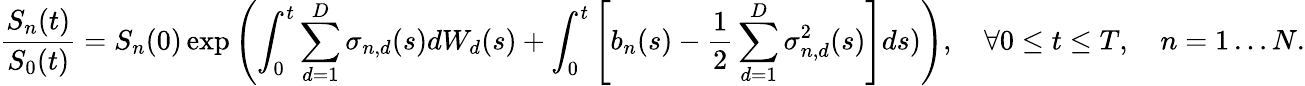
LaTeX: {\frac{S_{n}(t)}{S_{0}(t)}}=S_{n}(0)\exp\left(\int_{0}^{t}\sum_{d=1}^{D}\sigma_{n,d}(s)dW_{d}(s)+\int_{0}^{t}\left[b_{n}(s)-{\frac{1}{2}}\sum_{d=1}^{D}\sigma_{n,d}^{2}(s)\right]ds)\right),\quad\forall 0\leq t\leq T,\quad n=1\ldots N.